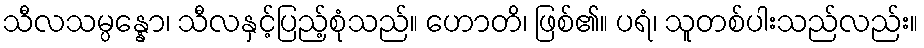
သီလသမ္ပန္နော၊ သီလနှင့်ပြည့်စုံသည်။ ဟောတိ၊ ဖြစ်၏။ ပရံ၊ သူတစ်ပါးသည်လည်း။